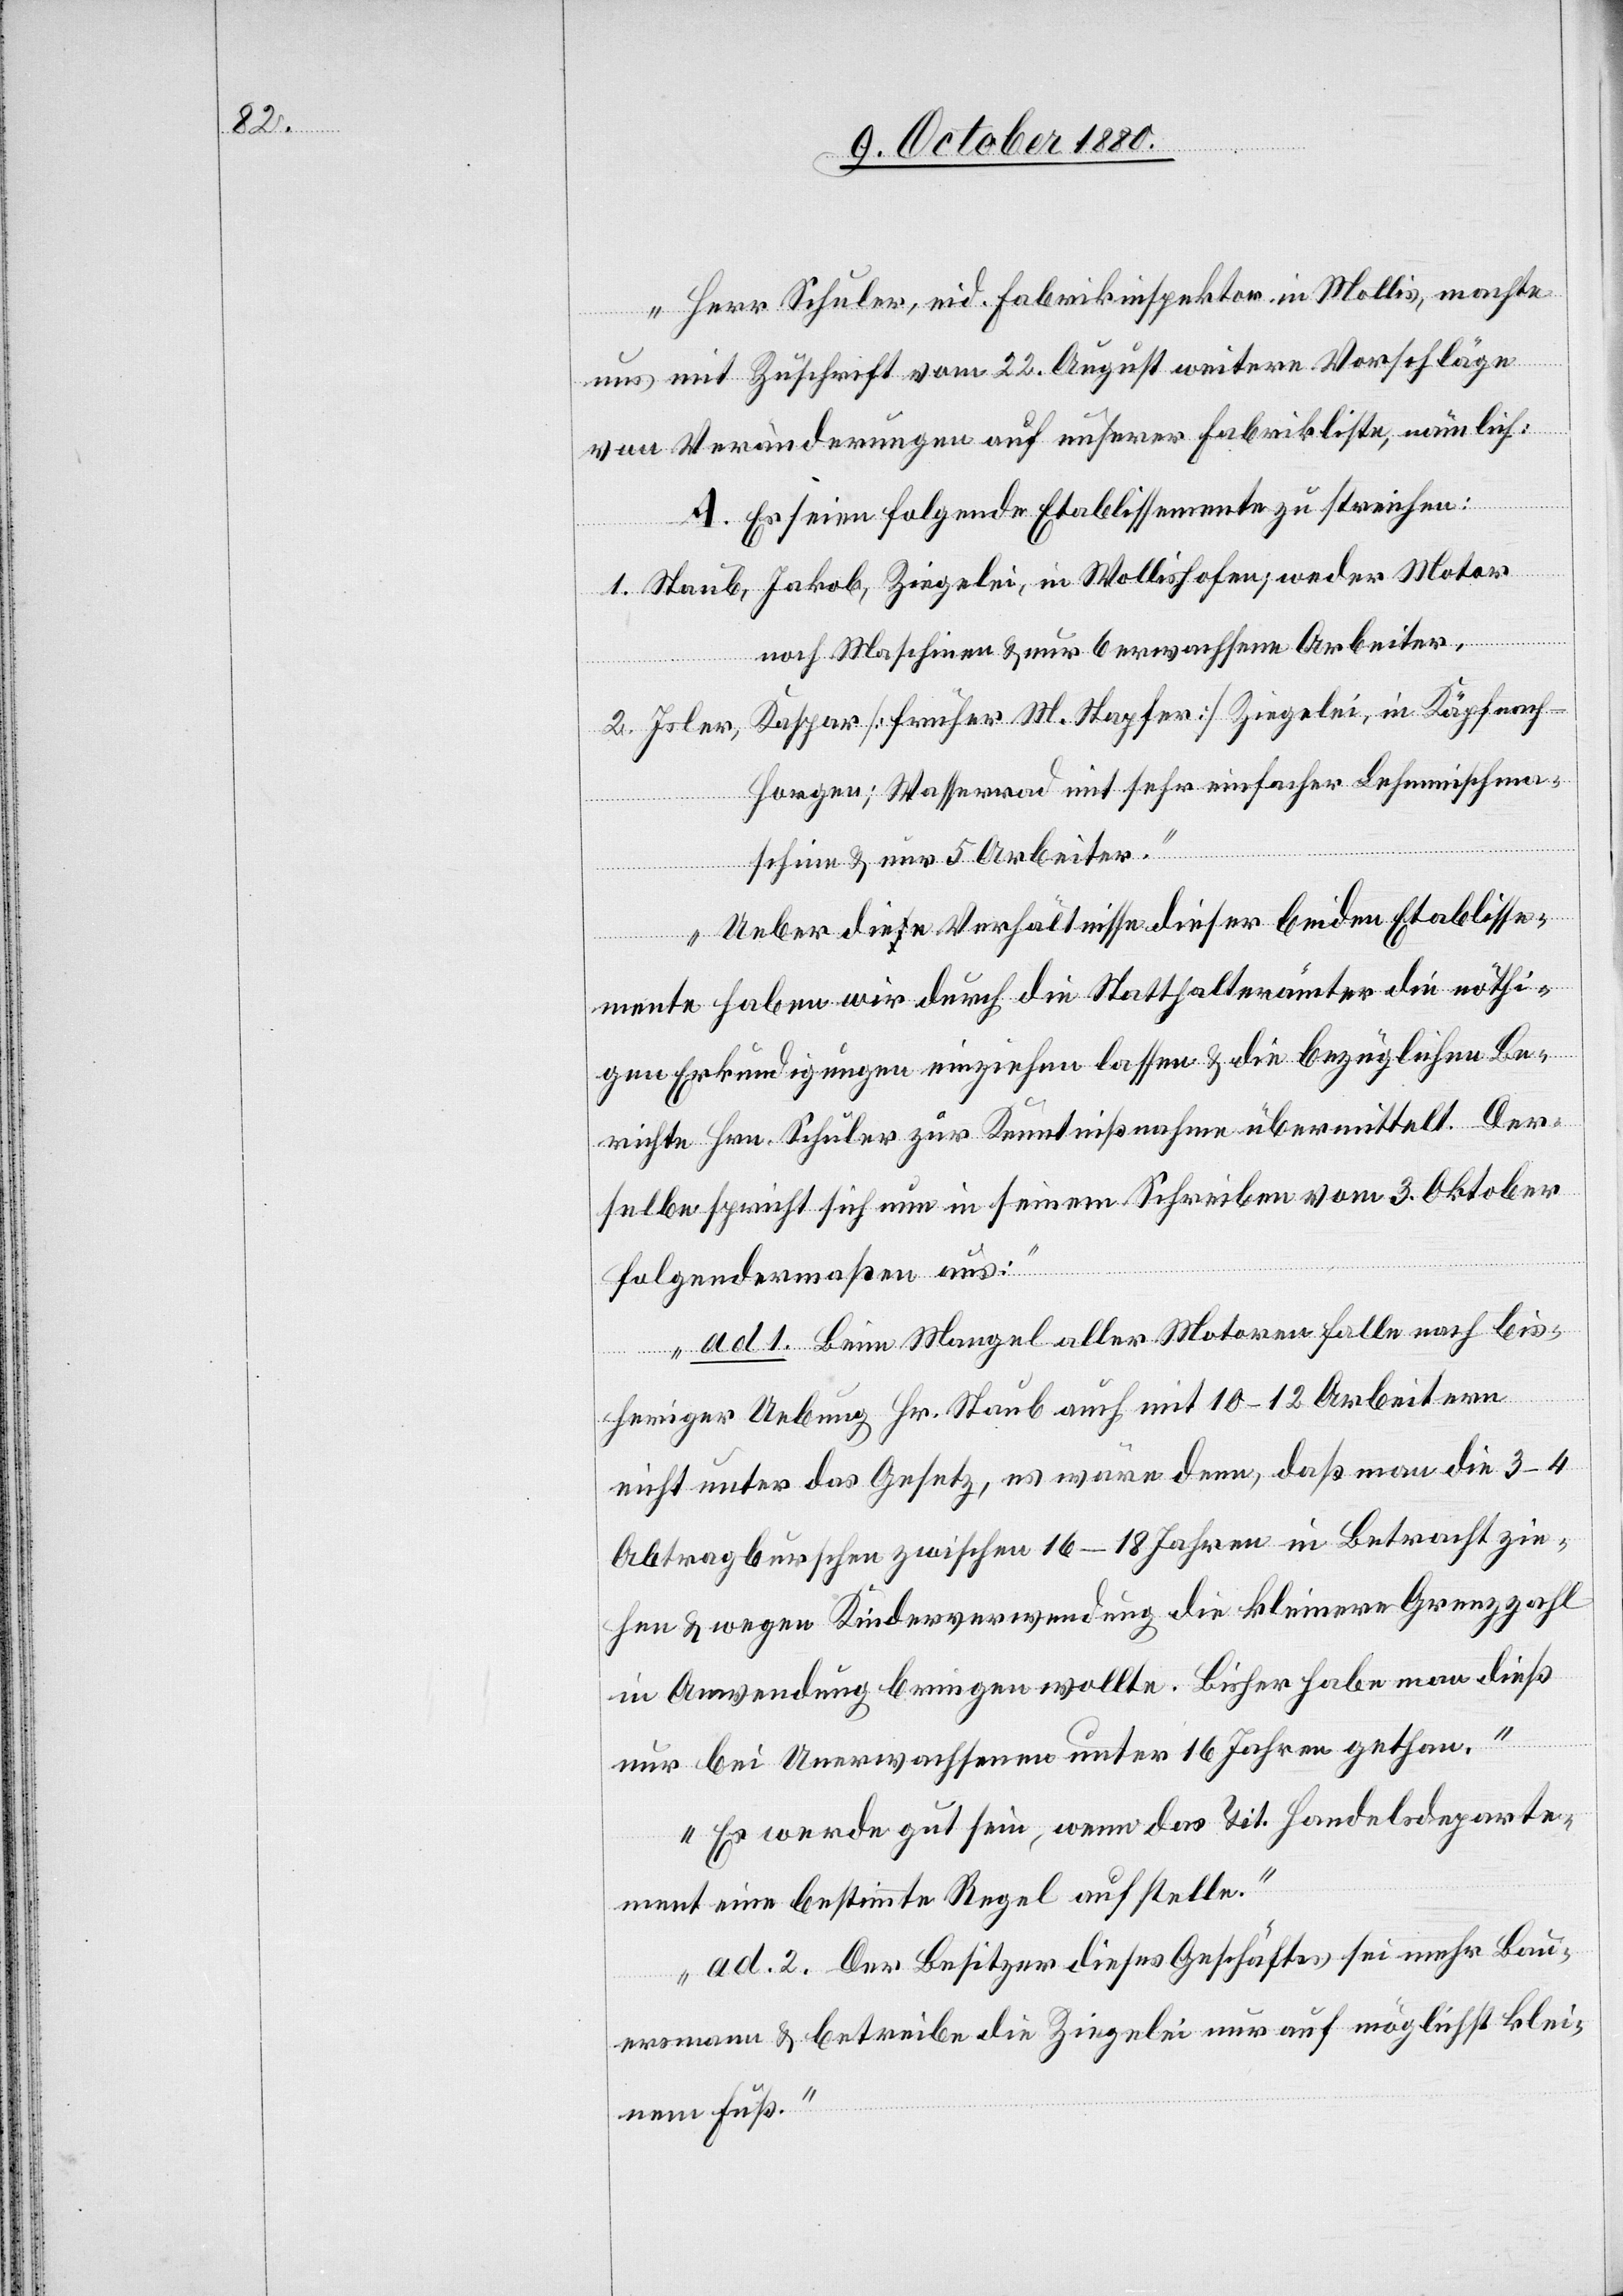
„Herr Schuler, eid. Fabrikinspektor in Mollis, machte
uns mit Zuschrift vom 22. August weitere Vorschläge
von Veränderungen auf unserer Fabrikliste, nämlich:
A. Es seien folgende Etablissemente zu streichen:
1. Staub, Jakob, Ziegelei, in Wollishofen; weder Motor
noch Maschinen & nur 6 erwachsene Arbeiter.
2. Isler, Kaspar [früher M. Stapfer] Ziegelei, in Käpfnach
Horgen; Wasserrad mit sehr einfacher Lehmmischma¬
schine & nur 5 Arbeiter.
Ueber die Verhältnisse dieser beiden Etablisse¬
mente haben wir durch die Statthalterämter die nöthi¬
gen Erkundigungen einziehen lassen & die bezüglichen Be¬
richte Hrn. Schuler zur Kenntnißnahme übermittelt. Der¬
selbe spricht sich nun in seinem Schreiben vom 3. Oktober
folgendermaßen aus:
ad 1. Beim Mangel aller Motoren falle nach bis¬
heriger Uebung Hr. Staub auch mit 10–12 Arbeitern
nicht unter das Gesetz, es wäre denn, daß man die 3–4
Abtragburschen zwischen 16–18 Jahren in Betracht zie¬
hen & wegen Kinderverwendung die kleinere Grenzzahl
in Anwendung bringen wollte. Bisher habe man dieß
nur bei Unerwachsenen unter 16 Jahren gethan.
Es werde gut sein, wenn das Tit. Handelsdeparte¬
ment eine bestimmte Regel aufstelle.
ad 2. Der Besitzer dieses Geschäftes sei mehr Bau¬
ersmann & betreibe die Ziegelei nur auf möglichst klei¬
nem Fuß.